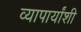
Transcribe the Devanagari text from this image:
व्यापार्यांशी